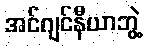
အင်ဂျင်နီယာဘွဲ့